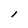
Character: l